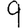
Digit: 9